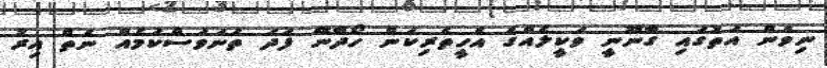
ނިވެން އަތުގައި ގާނޫނީ ވަކީލެއްގެ އެހީތެރިކަން ހޯދާނޭ ފަދަ ތަނަވަސްކަމެއް ނެތް އިރު